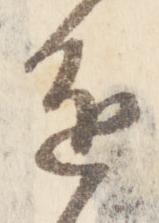
進